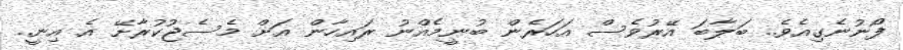
ފޯނުނެގިއެވެ.. ބަލާބަ އޭރުވެސް އަހަރެން ބުނީމެއްނު ރައިހާން އަށް މެސެޖުކުރާށޭ އެ އިނީ..